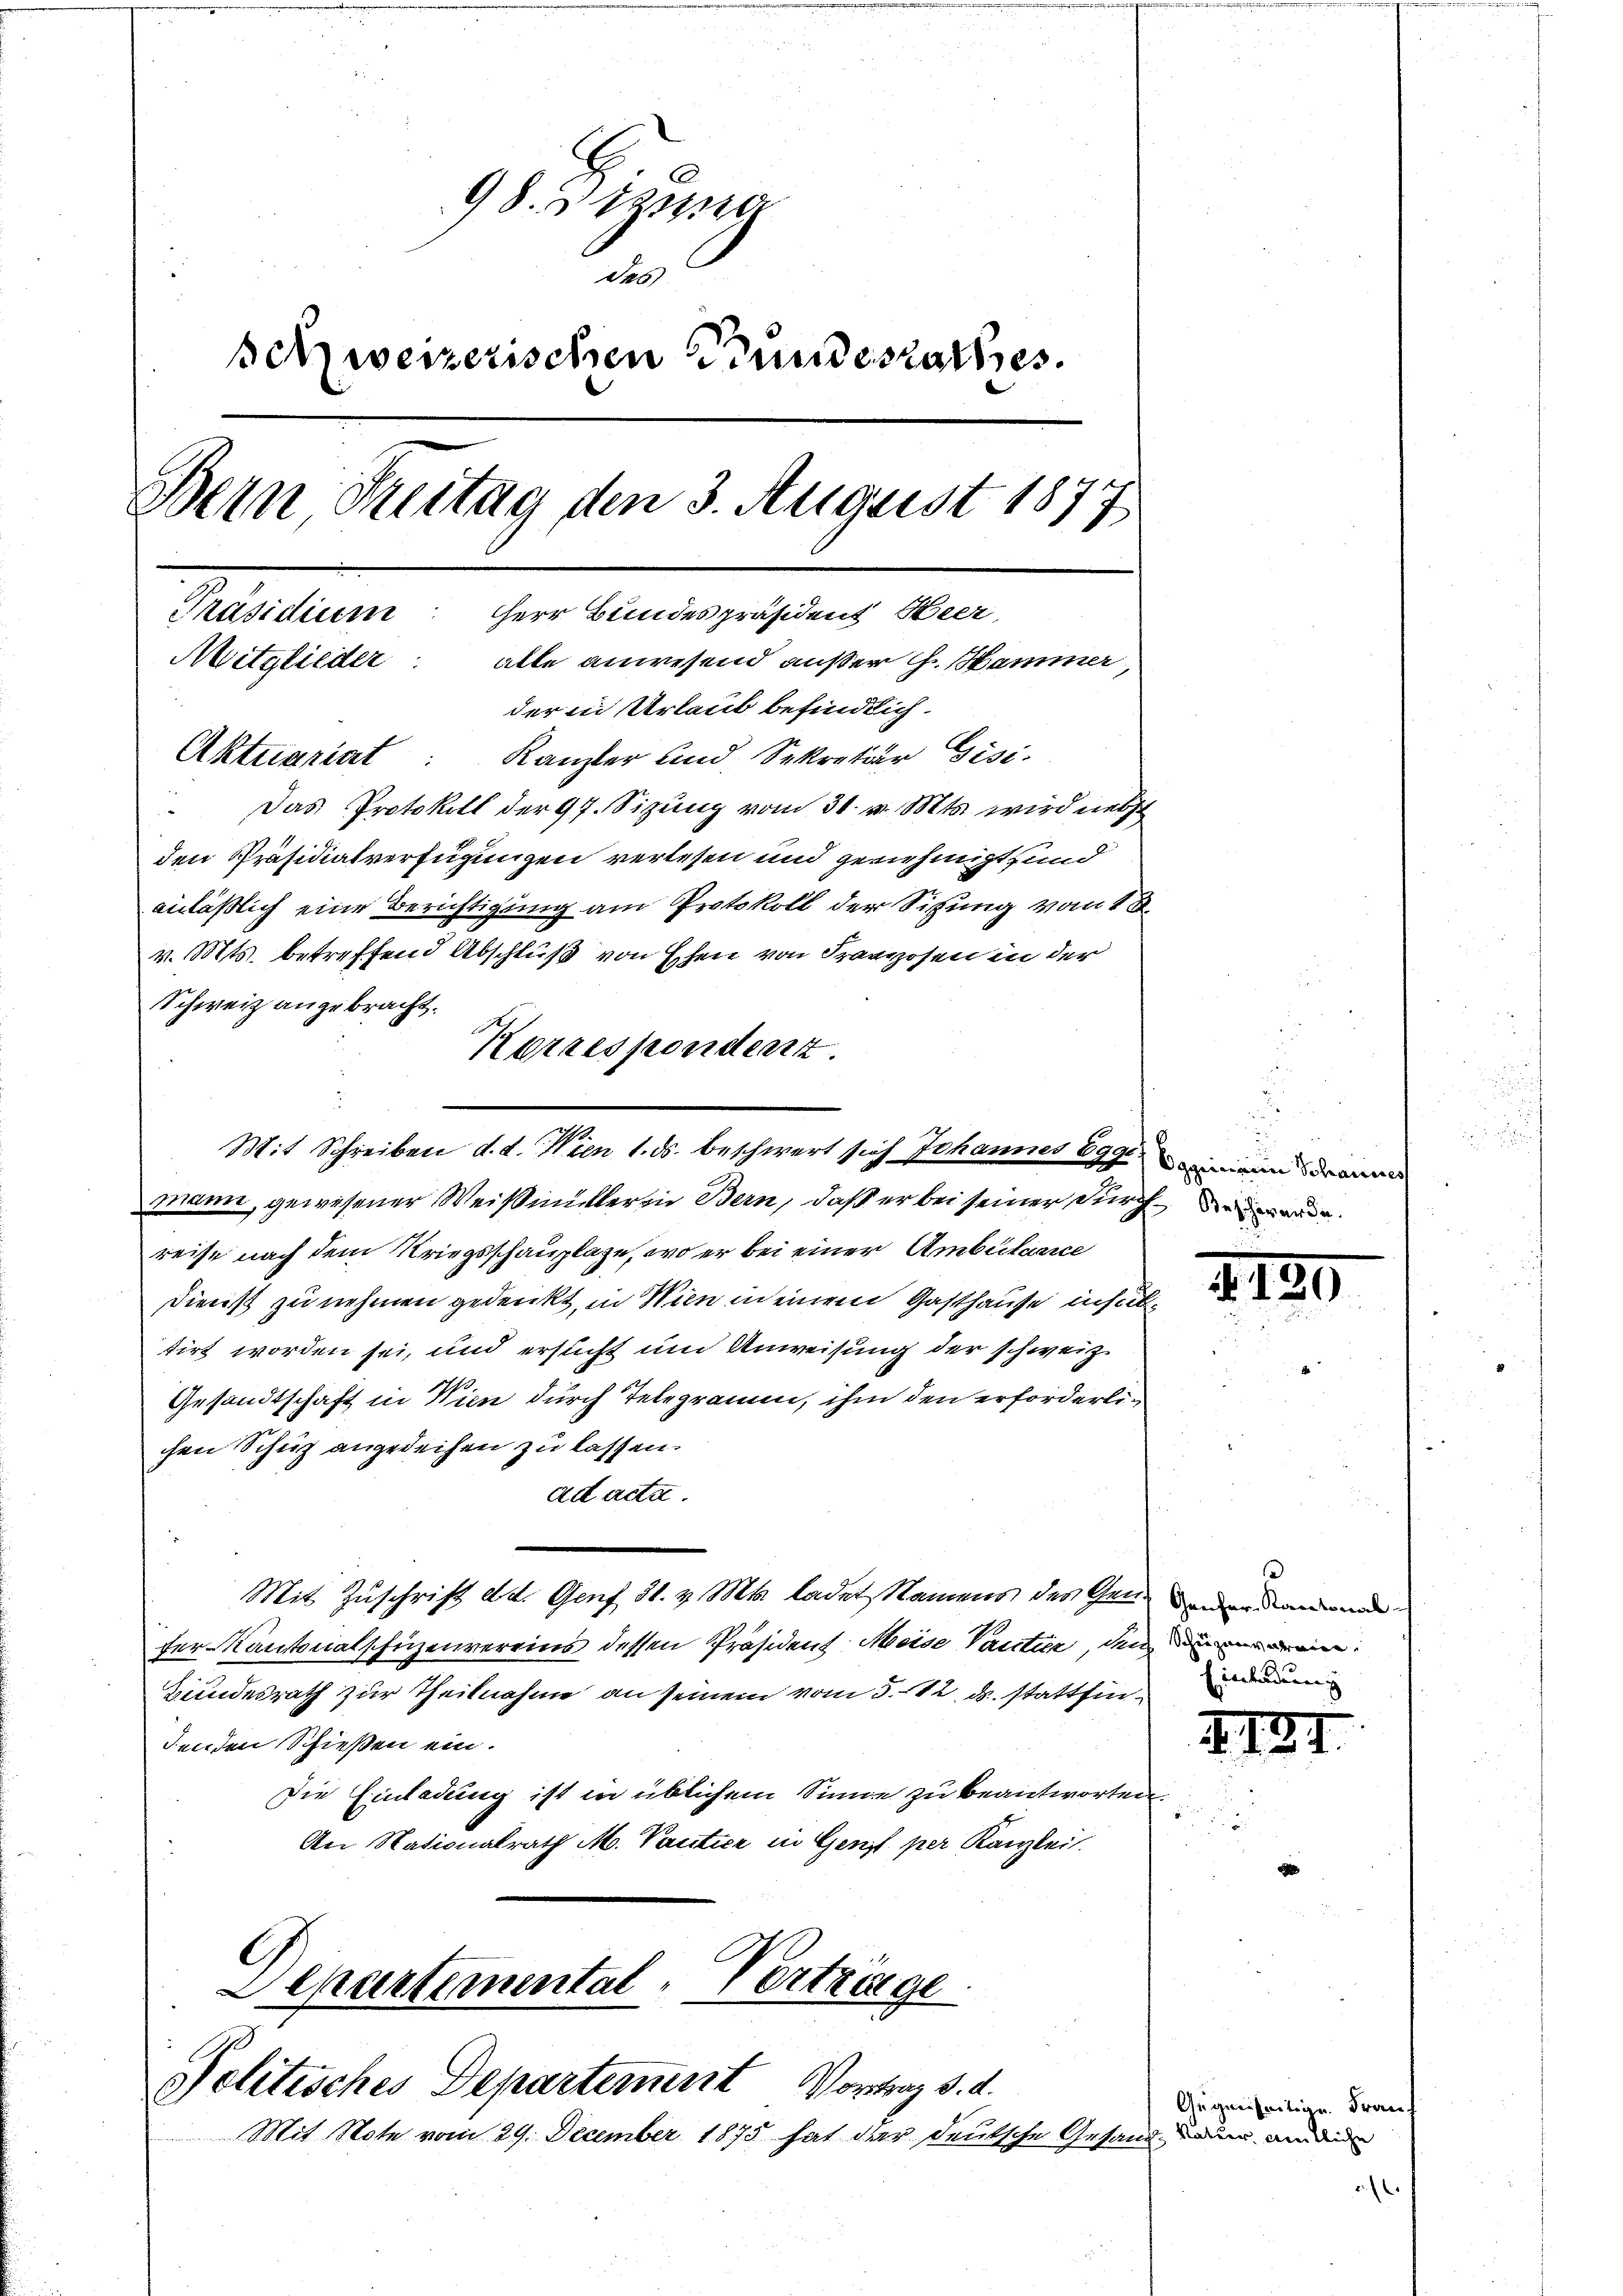
98. 1
des
schweizerischen Bundesrathes.
Bein Freitag den 3. August 1877
Präsidium: Herr Bundespräsident Heer,
Mitglieder: alle anwesend außer Hr. Hammer,
der in Urlaut befindlich.
Aktuariat: Kanzler und Sekretär Gisi-
" Das Protokoll der 97. Sizung vom 31. v. Mts. wird nebst
den Präsidialverfügungen verlesen und genehmigt und

anläßlich eine Berichtigung am Protokoll der Sitzung vom 1
v. Mts. betreffend Abschluß von Eschen von Franzosen in der
Schweiz angebracht.

Korrespondert.

mann, gewesener Weißmüller in Bern, daß er bei seiner durch de
reise nach dem Kriegsschauplaze, wo er bei einer Ambulance
Dienst zu nehmen gedenkt, in Wien meinem Gasthause insubtirt worden sei, und ersucht und Anweisung der schweiz
Gesandtschaft in Wien durch Telegramm, ihm den erforderlichen Schuz angedeihen zu lassen.
ad acta.
Mit Zuschrift d. d. Genf 31. v. Mts. ladet Namens der Gemeinden dann
fer-Kantonalschuzenvereins dessen Präsident Meise Vautier, den un
Bundesrath zur Theilnahme an seinem vom 3. 12. ds. stattfindenden Schießen ein.
Die Einladung ist in üblichem Sinne zu beantworten,
An Nationalrath M. Vantier in Genf per Kanzlei.

Departemental-Verträge
Politisches Departement Vortrag d. d.

Mit Schreiben d. d. Wien 1. ds. beschwert sich Johannes Egg immens dann

Mit Note vom 29. December 1875 hat der deutsche Gesand an die

I.

Einladun

1

Gegenseitige Frau

e